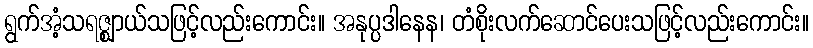
ရွက်အံ့သရဇ္ဈာယ်သဖြင့်လည်းကောင်း။ အနုပ္ပဒါနေန၊ တံစိုးလက်ဆောင်ပေးသဖြင့်လည်းကောင်း။